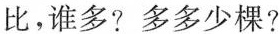
比，谁多?多多少棵?